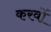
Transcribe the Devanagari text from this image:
करवों